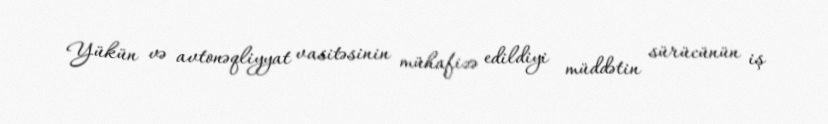
Yükün və avtonəqliyyat vasitəsinin mühafizə edildiyi müddətin sürücünün iş